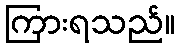
ကြားရသည်။